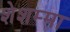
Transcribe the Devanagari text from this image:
शेशम्मा